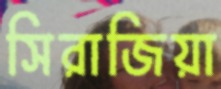
সিরাজিয়া